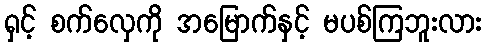
ရှင့် စက်လှေကို အမြောက်နှင့် မပစ်ကြဘူးလား